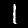
Digit: 1